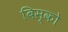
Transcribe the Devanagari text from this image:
बिस्को